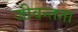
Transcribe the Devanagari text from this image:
जीवन्‍तता